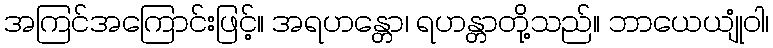
အကြင်အကြောင်းဖြင့်။ အရဟန္တော၊ ရဟန္တာတို့သည်။ ဘာယေယျုံဝါ၊